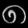
Digit: ၈